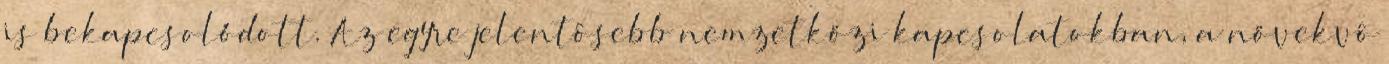
is bekapcsolódott. Az egyre jelentôsebb nemzetközi kapcsolatokban, a növekvô